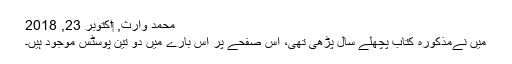
محمد وارث, ‏اکتوبر 23, 2018
میں نےمذکورہ کتاب پچھلے سال پڑھی تھی، اس صفحے پر اس بارے میں دو تین پوسٹس موجود ہیں۔